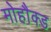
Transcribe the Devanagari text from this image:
मोहौक्ड